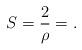
LaTeX: \begin{align*}S=\frac{2}{\rho}=.\end{align*}